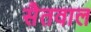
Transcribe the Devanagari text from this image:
सैतवाल